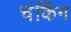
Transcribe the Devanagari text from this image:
चंकिंग